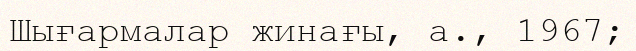
Шығармалар жинағы, а., 1967;